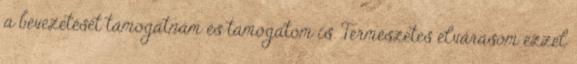
a bevezetését támogatnám és támogatom is. Természetes elvárásom ezzel